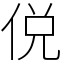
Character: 侻